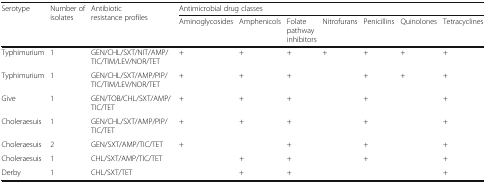
<table><thead><tr><td rowspan="2"><b>Serotype</b></td><td rowspan="2"><b>Number of isolates</b></td><td rowspan="2"><b>Antibiotic resistance profiles</b></td><td colspan="7"><b>Antimicrobial drug classes</b></td></tr><tr><td><b>Aminoglycosides</b></td><td><b>Amphenicols</b></td><td><b>Folate pathway inhibitors</b></td><td><b>Nitrofurans</b></td><td><b>Penicillins</b></td><td><b>Quinolones</b></td><td><b>Tetracyclines</b></td></tr></thead><tbody><tr><td>Typhimurium</td><td>1</td><td>GEN/CHL/SXT/NIT/AMP/TIC/TIM/LEV/NOR/TET</td><td>+</td><td>+</td><td>+</td><td>+</td><td>+</td><td>+</td><td>+</td></tr><tr><td>Typhimurium</td><td>1</td><td>GEN/CHL/SXT/AMP/PIP/TIC/TIM/LEV/NOR/TET</td><td>+</td><td>+</td><td>+</td><td></td><td>+</td><td>+</td><td>+</td></tr><tr><td>Give</td><td>1</td><td>GEN/TOB/CHL/SXT/AMP/TIC/TET</td><td>+</td><td>+</td><td>+</td><td></td><td>+</td><td></td><td>+</td></tr><tr><td>Choleraesuis</td><td>1</td><td>GEN/CHL/SXT/AMP/PIP/TIC/TET</td><td>+</td><td>+</td><td>+</td><td></td><td>+</td><td></td><td>+</td></tr><tr><td>Choleraesuis</td><td>2</td><td>GEN/SXT/AMP/TIC/TET</td><td>+</td><td></td><td>+</td><td></td><td>+</td><td></td><td>+</td></tr><tr><td>Choleraesuis</td><td>1</td><td>CHL/SXT/AMP/TIC/TET</td><td></td><td>+</td><td>+</td><td></td><td>+</td><td></td><td>+</td></tr><tr><td>Derby</td><td>1</td><td>CHL/SXT/TET</td><td></td><td>+</td><td>+</td><td></td><td></td><td></td><td>+</td></tr></tbody></table>